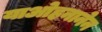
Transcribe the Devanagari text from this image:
याओहनानेन